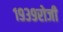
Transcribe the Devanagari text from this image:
१९३९रोजी